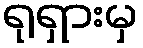
ရုရှားမှ